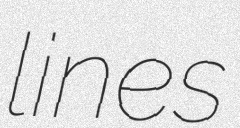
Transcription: lines